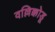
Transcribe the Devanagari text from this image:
वल्लिक्कोडू